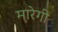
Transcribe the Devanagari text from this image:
मारेगी